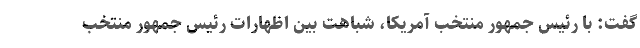
گفت: با رئیس جمهور منتخب آمریکا، شباهت بین اظهارات رئیس جمهور منتخب